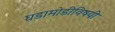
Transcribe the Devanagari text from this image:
घडामोडीविषयी